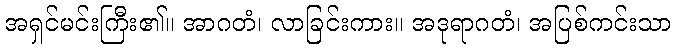
အရှင်မင်းကြီး၏။ အာဂတံ၊ လာခြင်းကား။ အဒုရာဂတံ၊ အပြစ်ကင်းသာ